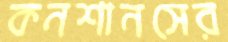
কনশানসের